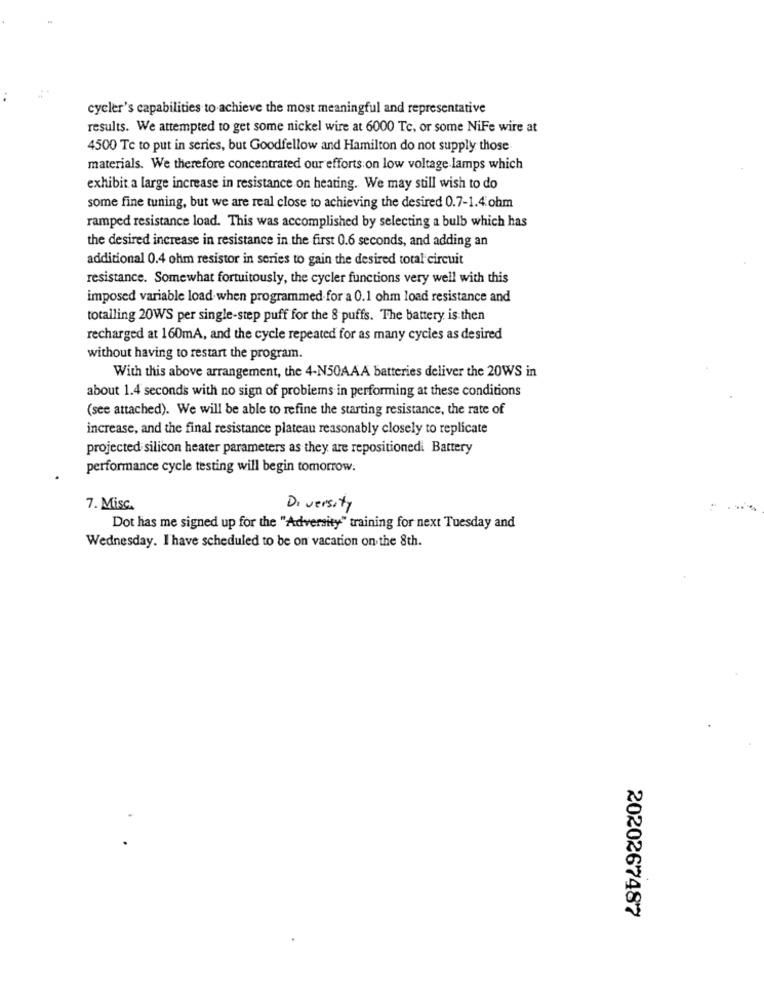
cycler's capabilities to achieve the most meaningful and representative
results. We attempted to get some nickel wire at 6000 Te, or some NiFe wire at
4500 Te to put in series, but Goodfellow and Hamilton do not supply those
materials. We therefore concentrated our efforts on low voltage lamps which
exhibit a large increase in resistance on heating. We may still wish to do
some fine tuning, but we are real close to achieving the desired 0.7-1.4 ohm
ramped resistance load. This was accomplished by selecting a bulb which has
the desired increase in resistance in the first 0.6 seconds, and adding an
additional 0.4 ohm resistor in series to gain the desired total circuit
resistance. Somewhat fortuitously, the cycler functions very well with this
imposed variable load when programmed for a 0.1 ohm load resistance and
totalling 20WS per single-step puff for the 8 puffs. The battery is then
recharged at 160mA, and the cycle repeated for as many cycles as desired
without having to restart the program.
With this above arrangement, the 4-N50AAA batteries deliver the 20WS in
about 1.4 seconds with no sign of problems in performing at these conditions
(see attached). We will be able to refine the starting resistance, the rate of
increase, and the final resistance plateau reasonably closely to replicate
projected silicon heater parameters as they are repositionedi Battery
performance cycle testing will begin tomorrow.
7. Misc.
Diversity
Dot has me signed up for the "Adversity" training for next Tuesday and
Wednesday. I have scheduled to be on vacation on the 8th.
2020267487